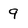
Character: 9